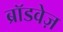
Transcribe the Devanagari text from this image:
ब्रॉडवेज़